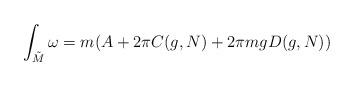
LaTeX: \begin{align*}\int_{{\tilde{M}}}\omega =m(A+2\pi C(g,N)+2\pi mgD(g,N))\end{align*}